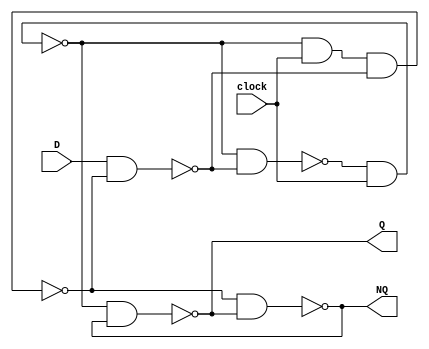
module  Lab3_Pos_Edge_D_FF_gatelevel(output Q, NQ, input D, clock);
	
	wire w,x,y,z;

	nand #(2)G1(w,x,z);
	nand #(2)G2(x,w,clock);
	nand #(2)G3(y,x,clock,z);
	nand #(2)G4(z,D,y);
	nand #(2)G5(Q,x,NQ);
	nand #(2)G6(NQ,y,Q);

endmodule